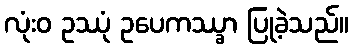
လုံးဝ ဥဿုံ ဥပေကဿ္ခာ ပြုခဲ့သည်။